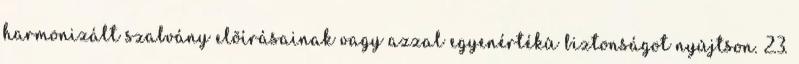
harmonizált szabvány elõírásainak vagy azzal egyenértékû biztonságot nyújtson. 2.3.